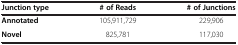
<table><thead><tr><td><b>Junction type</b></td><td><b># of Reads</b></td><td><b># of Junctions</b></td></tr></thead><tbody><tr><td><b>Annotated</b></td><td>105,911,729</td><td>229,906</td></tr><tr><td><b>Novel</b></td><td>825,781</td><td>117,030</td></tr></tbody></table>